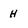
Character: H